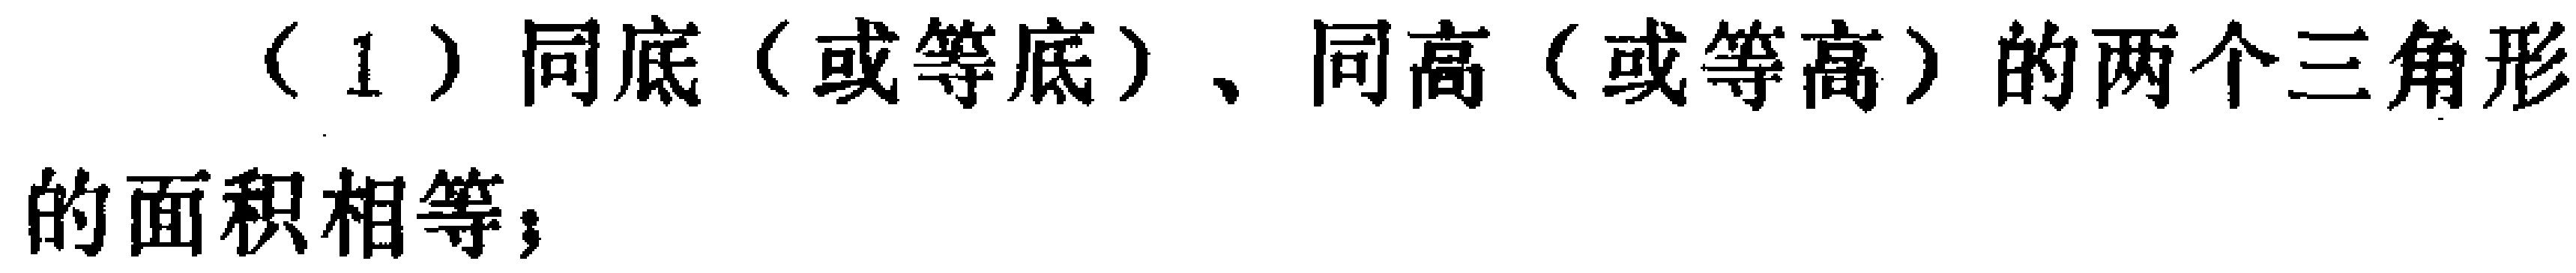
（1）同底（或等底）、同高（或等高）的两个三角形的面积相等；